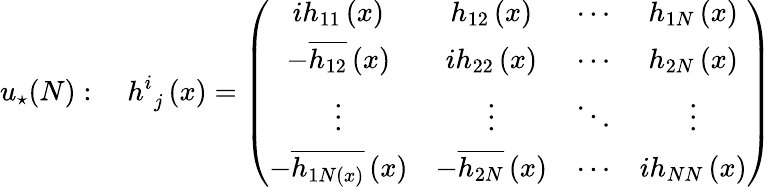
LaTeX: u_{\star}(N):\quad h_{\, \, j}^{i}\left(x\right)=\left(\begin{array}{cccc}{{ih_{11}\left(x\right)}}&{{h_{12}\left(x\right)}}&{{\cdots}}&{{h_{1N}\left(x\right)}}\\ {{-\overline{{{h_{12}}}}\left(x\right)}}&{{ih_{22}\left(x\right)}}&{{\cdots}}&{{h_{2N}\left(x\right)}}\\ {{\vdots}}&{{\vdots}}&{{\ddots}}&{{\vdots}}\\ {{-\overline{{{h_{1N\left(x\right)}}}}\left(x\right)}}&{{-\overline{{{h_{2N}}}}\left(x\right)}}&{{\cdots}}&{{ih_{NN}\left(x\right)}}\end{array}\right)